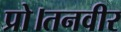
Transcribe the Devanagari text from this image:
प्रो।तनवीर